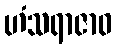
ဟံသရာဇာဝ